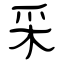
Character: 采